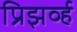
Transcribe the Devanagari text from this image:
प्रिझर्व्ह